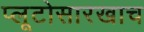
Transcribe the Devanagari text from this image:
प्लूटोसारखाच